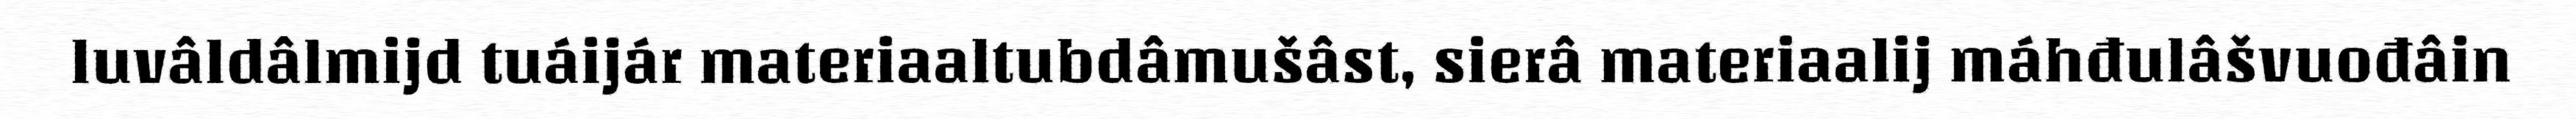
luvâldâlmijd tuáijár materiaaltubdâmušâst, sierâ materiaalij máhđulâšvuođâin